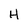
Character: H